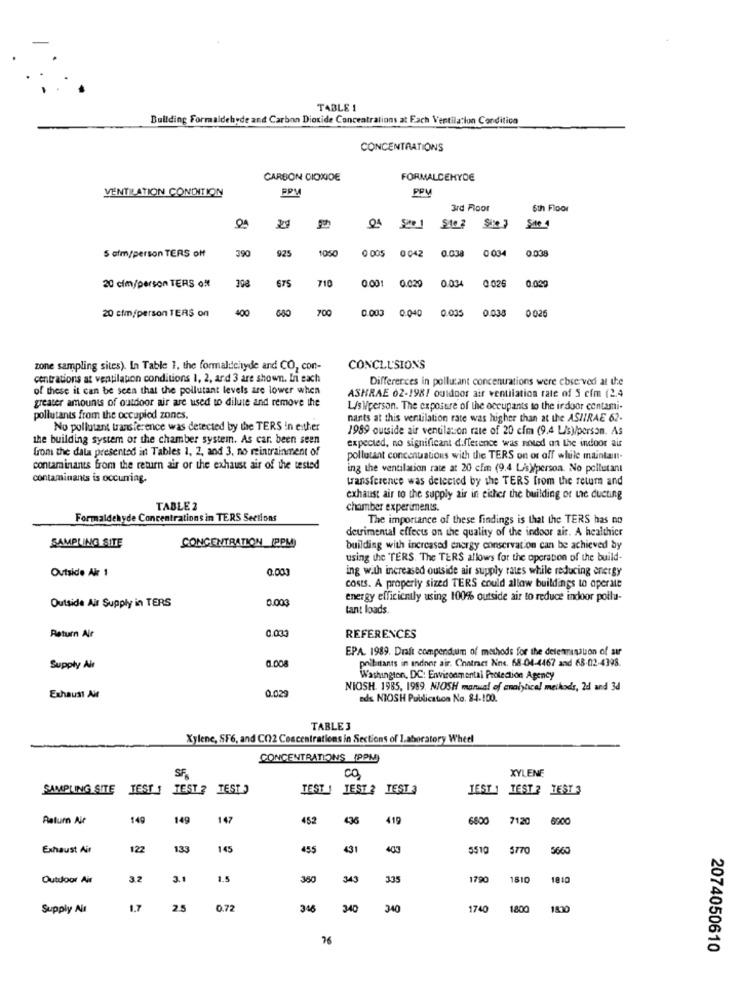
TABLE 1
Building Formaldehyde and Carbon Dioxide Concentrations at Each Ventilacion Conditica
CONCENTRATIONS
CARBON DIOXIDE
FORMALDEHYDE
VENTILATION CONDITION
PPM
3rd Floor
6th Floor
29
04
Site 4
5 afm/person TERS off
390
925
0 005 0042 0.038
0 034
0.038
20 cim/person TERS of
308
710
0.001
0.034
0.030
675
0.029
0 026
20 cim/person TERS on
400
700
0.003
680
0.040
0.035
0.038
0 026
zone sampling sites). In Table 1, the formaldehyde and CO, con-
CONCLUSIONS
centrations at ventilapon conditions 1, 2, ard 3 are shown. In each
Differences in pollutant concentrations were cbserved at ue
of these it can be seen that the pollutant levels are lower when
greater amounts of outdoor air are used to dilute and remove the
ASHRAE 62-198/ outdoor air ventilation rate of 5 cfm (2.4
L/s Wperson. The exposure of the occupants to the indoor contami-
pollutants from the occupied zones.
nants at this ventilation rate was higher than at the ASIIRAE 62-
No pollutant transference was detected by the TERS in either
1989 outside air ventilation rate of 20 cfm (9.4 L/s)person. As
the building system of the chamber system. As car. been seen
from the data presented in Tables 1, 2, and 3, no meintrainment of
expected, no significant difference was noted an the indoor air
pollutant concentrations with the TERS on or off while maintain-
contaminants from the return air or the exhaust air of the tested
ing the ventilation rate at 20 cfm (9.4 Lis)person. No pollutant
contaminants is occurring.
transference was detected by the TERS from the retum and
exhaust air to the supply air in either the building or une ducting
TABLE 2
chamber experiments.
Formaldehyde Concentrations in TERS Sections
The importance of these findings is that the TERS has no
detrimental effects on the quality of the indoor air. A healthier
SAMPLING SITE
CONCENTRATION (PPM)
building with increased energy conservation can be achieved by
using the 'TERS. The TERS allows for the operation of the build-
Outside Air 1
0.003
ing with increased outside air supply rates while reducing energy
costs. A properly sized TERS could allow buildings to operate
Outside Air Supply in TERS
0.00
energy efficiently using 100% outside air to reduce indoor pollu-
tant loads.
0.033
Return Air
REFERENCES
EPA. 1989. Draft compendium of methods for the delenisation of air
0.008
poibitants in indoor air. Cnatract Nns. 68-04-4467 and 68-02-4398.
Supply Air
Washington, DC: Environmental Protection Agency
0.029
NIOSH. 1985, 1989. NIOSH manual of analytical methods, 2d and 3d
Exhaust Ait
eds NIOSH Publication No. 84.100.
TABLE 3
Xylene, SF6, and CO2 Concentrations in Sections of laboratory Wheel
CONCENTRATIONS (PPM)
CO
XYLENE
SF.
SAMPLING SITE
TEST
TEST ? TEST
TEST ! TEST 2 TEST
TEST 1 TEST ? TEST 3
Return Air
149
149
147
452
436
419
6800
7120
6000
Exhaust Air
122
133
145
455
431
403
5510
$770
5660
Outdoor Ait
32
1.5
380
343
335
1790
1810
1810
Supply Ait
1.7
2.5
0.72
346
340
340
1740
1800
1800
76
2074050610